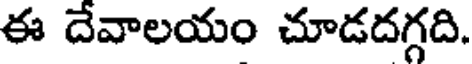
ఈ దేవాలయం చూడదగ్గది.